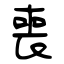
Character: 喪